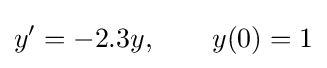
y'=-2.3y,\qquad y(0)=1